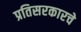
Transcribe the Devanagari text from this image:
प्रतिसरकारचे